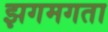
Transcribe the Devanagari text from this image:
झगमगता